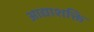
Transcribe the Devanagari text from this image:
आद्याशक्ति